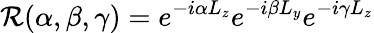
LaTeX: {\cal R}(\alpha,\beta,\gamma)=e^{-i\alpha L_{z}}e^{-i\beta L_{y}}e^{-i\gamma L_{z}}